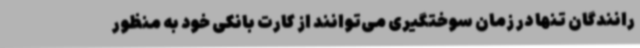
رانندگان تنها در زمان سوختگیری می‌توانند از کارت بانکی خود به منظور